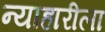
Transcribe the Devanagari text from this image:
न्याहारीला